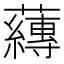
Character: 𮓁